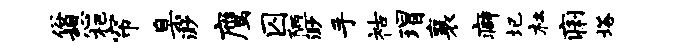
俗憩杷帘臬渺鹰囚陋渺手祜瑁襄癖圮杜痢塔